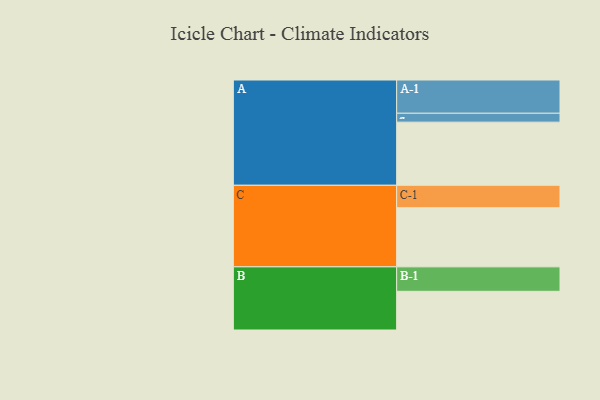
{"axis": {"x": "Segment", "y": "Value"}, "legend": ["", "A", "B", "C"], "data": [{"x": "A", "y": 532, "type": ""}, {"x": "B", "y": 326, "type": ""}, {"x": "C", "y": 498, "type": ""}, {"x": "A-1", "y": 280, "type": "A"}, {"x": "A-2", "y": 75, "type": "A"}, {"x": "B-1", "y": 206, "type": "B"}, {"x": "C-1", "y": 189, "type": "C"}]}